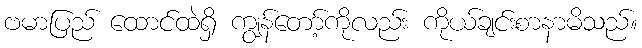
ဗမာပြည် ထောင်ထဲရှိ ကျွန်တော့်ကိုလည်း ကိုယ်ချင်းစာနာမိသည်။